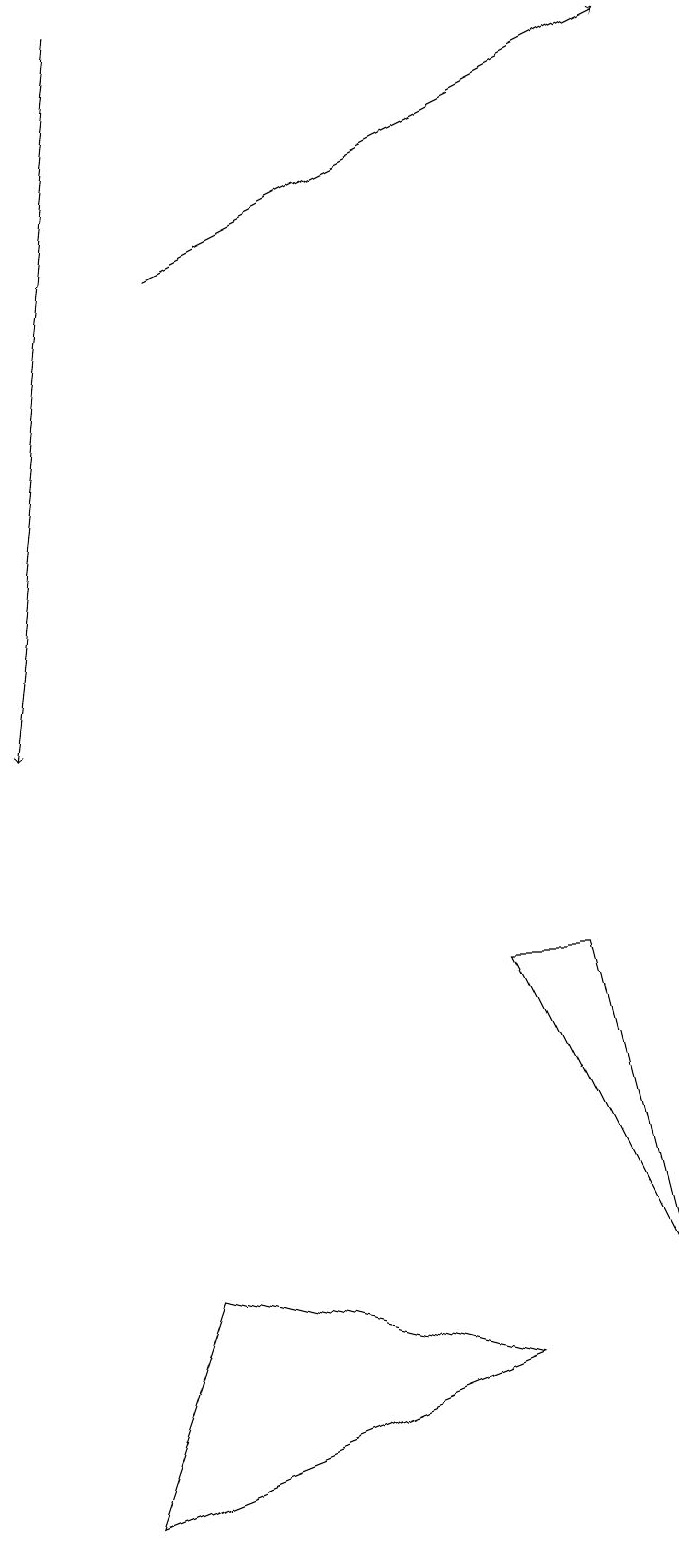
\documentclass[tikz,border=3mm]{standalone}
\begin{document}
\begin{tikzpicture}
\draw (6,7) -- (8,3) -- (7,7) -- cycle;
\draw[->] (2,16) -- (8,19);
\draw (2,3) -- (1,0) -- (6,2) -- cycle;
\draw[->] (1,19) -- (0,10);
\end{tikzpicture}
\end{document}